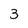
Character: 3